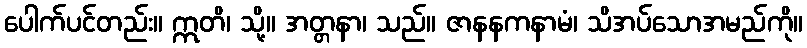
ပေါက်ပင်တည်း။ ဣတိ၊ သို့။ အတ္တနာ၊ သည်။ ဇာနနကနာမံ၊ သိအပ်သောအမည်ကို။